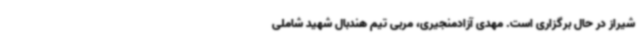
شیراز در حال برگزاری است. مهدی آزادمنجیری، مربی تیم هندبال شهید شاملی